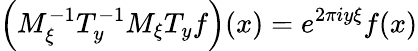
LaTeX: \left(M_{\xi}^{-1}T_{y}^{-1}M_{\xi}T_{y}f\right)(x)=e^{2\pi iy\xi}f(x)